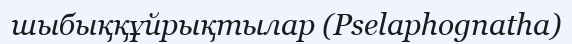
шыбыққұйрықтылар (Pselaphognatha)